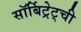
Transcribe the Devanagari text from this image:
सॉर्बिट्रेट्ची